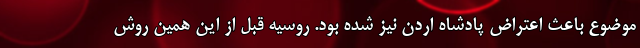
موضوع باعث اعتراض پادشاه اردن نیز شده بود. روسیه قبل از این همین روش